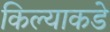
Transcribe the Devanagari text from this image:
किल्याकडे